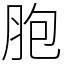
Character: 胞